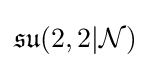
{\mathfrak {su}}(2,2|{\mathcal {N}})